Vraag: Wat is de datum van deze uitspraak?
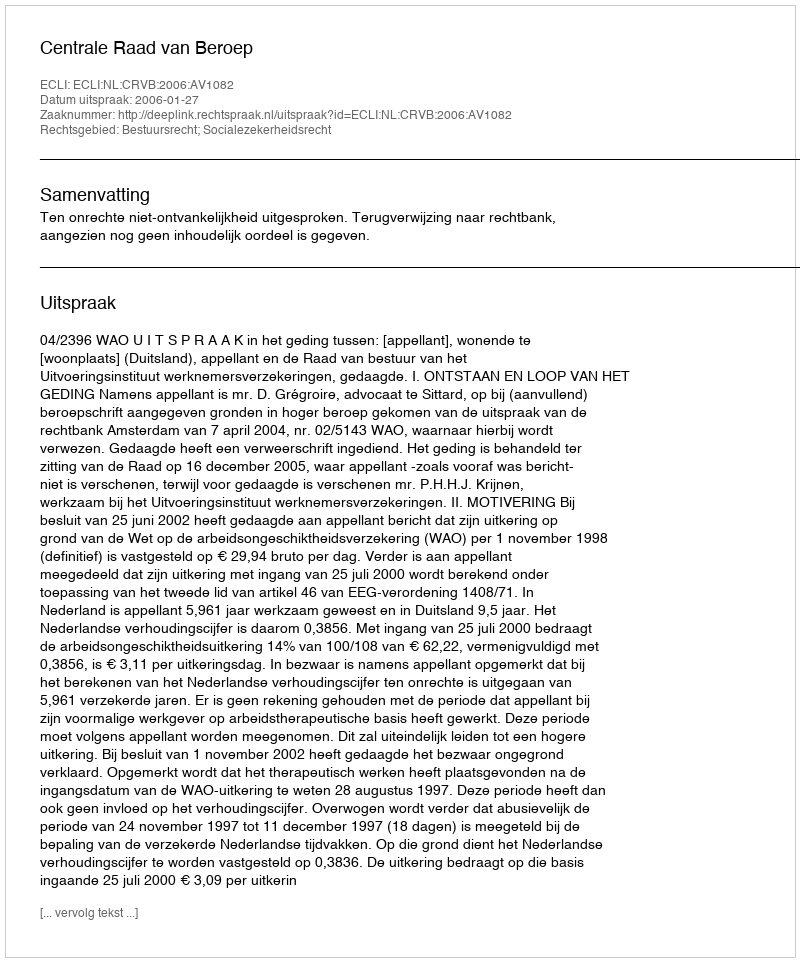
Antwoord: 2006-01-27